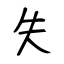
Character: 失